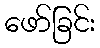
ဖော်ခြင်း